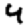
Digit: 4